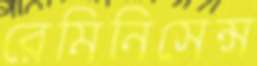
রেমিনিসেন্স